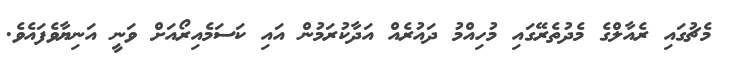
މެޗުގައި ރެއާލްގެ މެދުތެރޭގައި މުހިއްމު ދައުރެއް އަދާކުރަމުން އައި ކަސަމެއިރޯއަށް ވަނީ އަނިޔާވެފައެވެ.